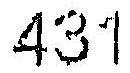
431